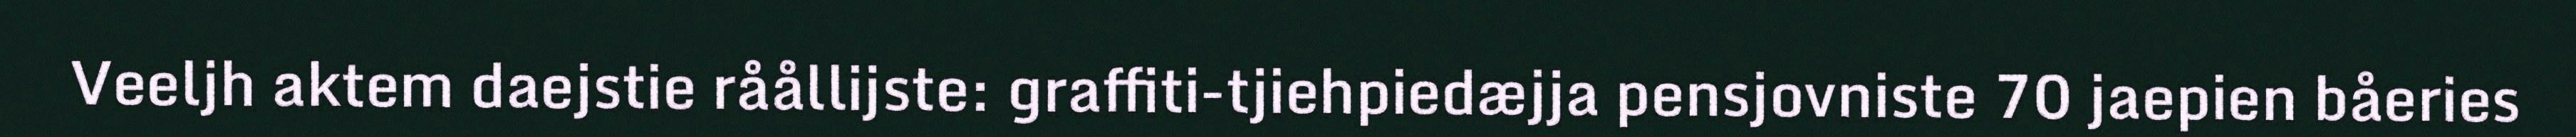
Veeljh aktem daejstie råållijste: graffiti-tjiehpiedæjja pensjovniste 70 jaepien båeries